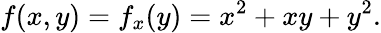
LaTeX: f(x,y)=f_{x}(y)=x^{2}+xy+y^{2}.